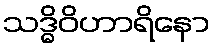
သဒ္ဓိဝိဟာရိနော